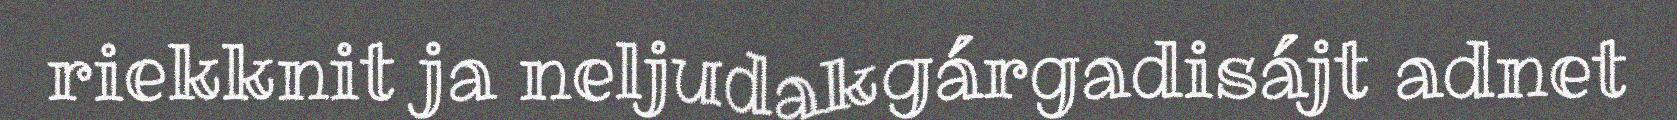
riekknit ja neljudakgárgadisájt adnet